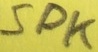
Text: SPK